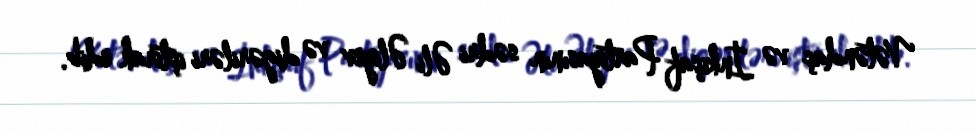
Vətəndaş və İnkişaf Partiyasının sədri Əli Əliyev və digəriləri iştirak edib.